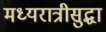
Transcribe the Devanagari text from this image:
मध्यरात्रीसुद्धा